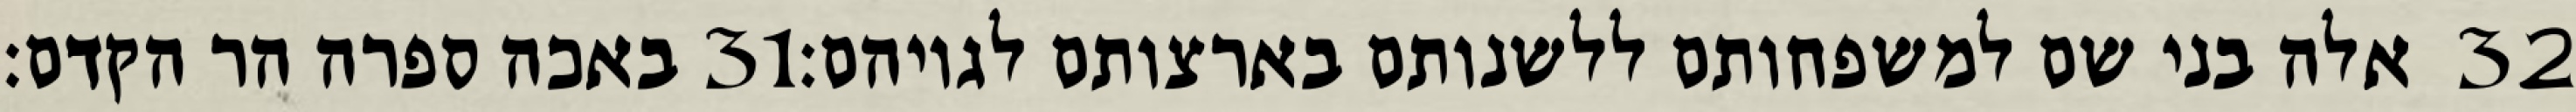
באכה ספרה הר הקדם׃ ‎31‏ אלה בני שם למשפחותם ללשנותם בארצותם לגויהם׃ ‎32‏